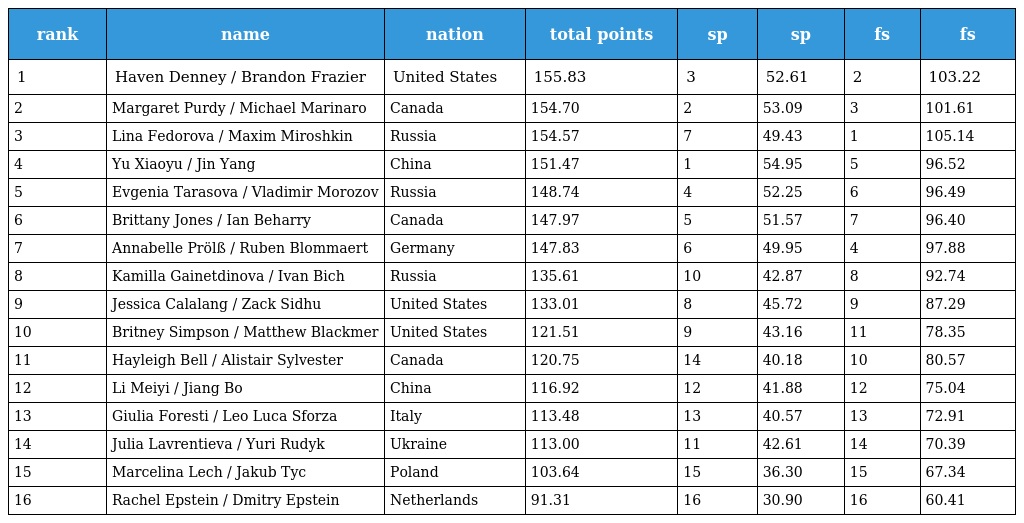
| rank | name | nation | total points | sp | sp | fs | fs |
 | --- | --- | --- | --- | --- | --- | --- | --- |
 | 1 | Haven Denney / Brandon Frazier | United States | 155.83 | 3 | 52.61 | 2 | 103.22 |
 | 2 | Margaret Purdy / Michael Marinaro | Canada | 154.70 | 2 | 53.09 | 3 | 101.61 |
 | 3 | Lina Fedorova / Maxim Miroshkin | Russia | 154.57 | 7 | 49.43 | 1 | 105.14 |
 | 4 | Yu Xiaoyu / Jin Yang | China | 151.47 | 1 | 54.95 | 5 | 96.52 |
 | 5 | Evgenia Tarasova / Vladimir Morozov | Russia | 148.74 | 4 | 52.25 | 6 | 96.49 |
 | 6 | Brittany Jones / Ian Beharry | Canada | 147.97 | 5 | 51.57 | 7 | 96.40 |
 | 7 | Annabelle Prölß / Ruben Blommaert | Germany | 147.83 | 6 | 49.95 | 4 | 97.88 |
 | 8 | Kamilla Gainetdinova / Ivan Bich | Russia | 135.61 | 10 | 42.87 | 8 | 92.74 |
 | 9 | Jessica Calalang / Zack Sidhu | United States | 133.01 | 8 | 45.72 | 9 | 87.29 |
 | 10 | Britney Simpson / Matthew Blackmer | United States | 121.51 | 9 | 43.16 | 11 | 78.35 |
 | 11 | Hayleigh Bell / Alistair Sylvester | Canada | 120.75 | 14 | 40.18 | 10 | 80.57 |
 | 12 | Li Meiyi / Jiang Bo | China | 116.92 | 12 | 41.88 | 12 | 75.04 |
 | 13 | Giulia Foresti / Leo Luca Sforza | Italy | 113.48 | 13 | 40.57 | 13 | 72.91 |
 | 14 | Julia Lavrentieva / Yuri Rudyk | Ukraine | 113.00 | 11 | 42.61 | 14 | 70.39 |
 | 15 | Marcelina Lech / Jakub Tyc | Poland | 103.64 | 15 | 36.30 | 15 | 67.34 |
 | 16 | Rachel Epstein / Dmitry Epstein | Netherlands | 91.31 | 16 | 30.90 | 16 | 60.41 |